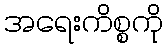
အရေးကိစ္စကို